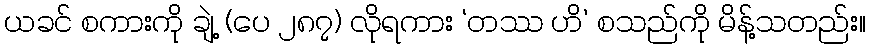
ယခင် စကားကို ချဲ့ (ပေ ၂၈၇) လိုရကား ‘တဿ ဟိ’ စသည်ကို မိန့်သတည်း။